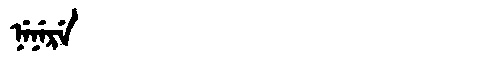
Manchu: ᠨᡝᠨᡝᡵᡝ
Romanization: NENERE